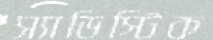
স্যাডিস্টিক